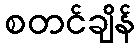
စတင်ချိန်